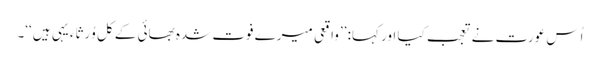
اُس عورت نے تعجب کیا اور کہا: ’’واقعی میرے فوت شدہ بھائی کے کل وُرَثاء یہی ہیں‘‘۔